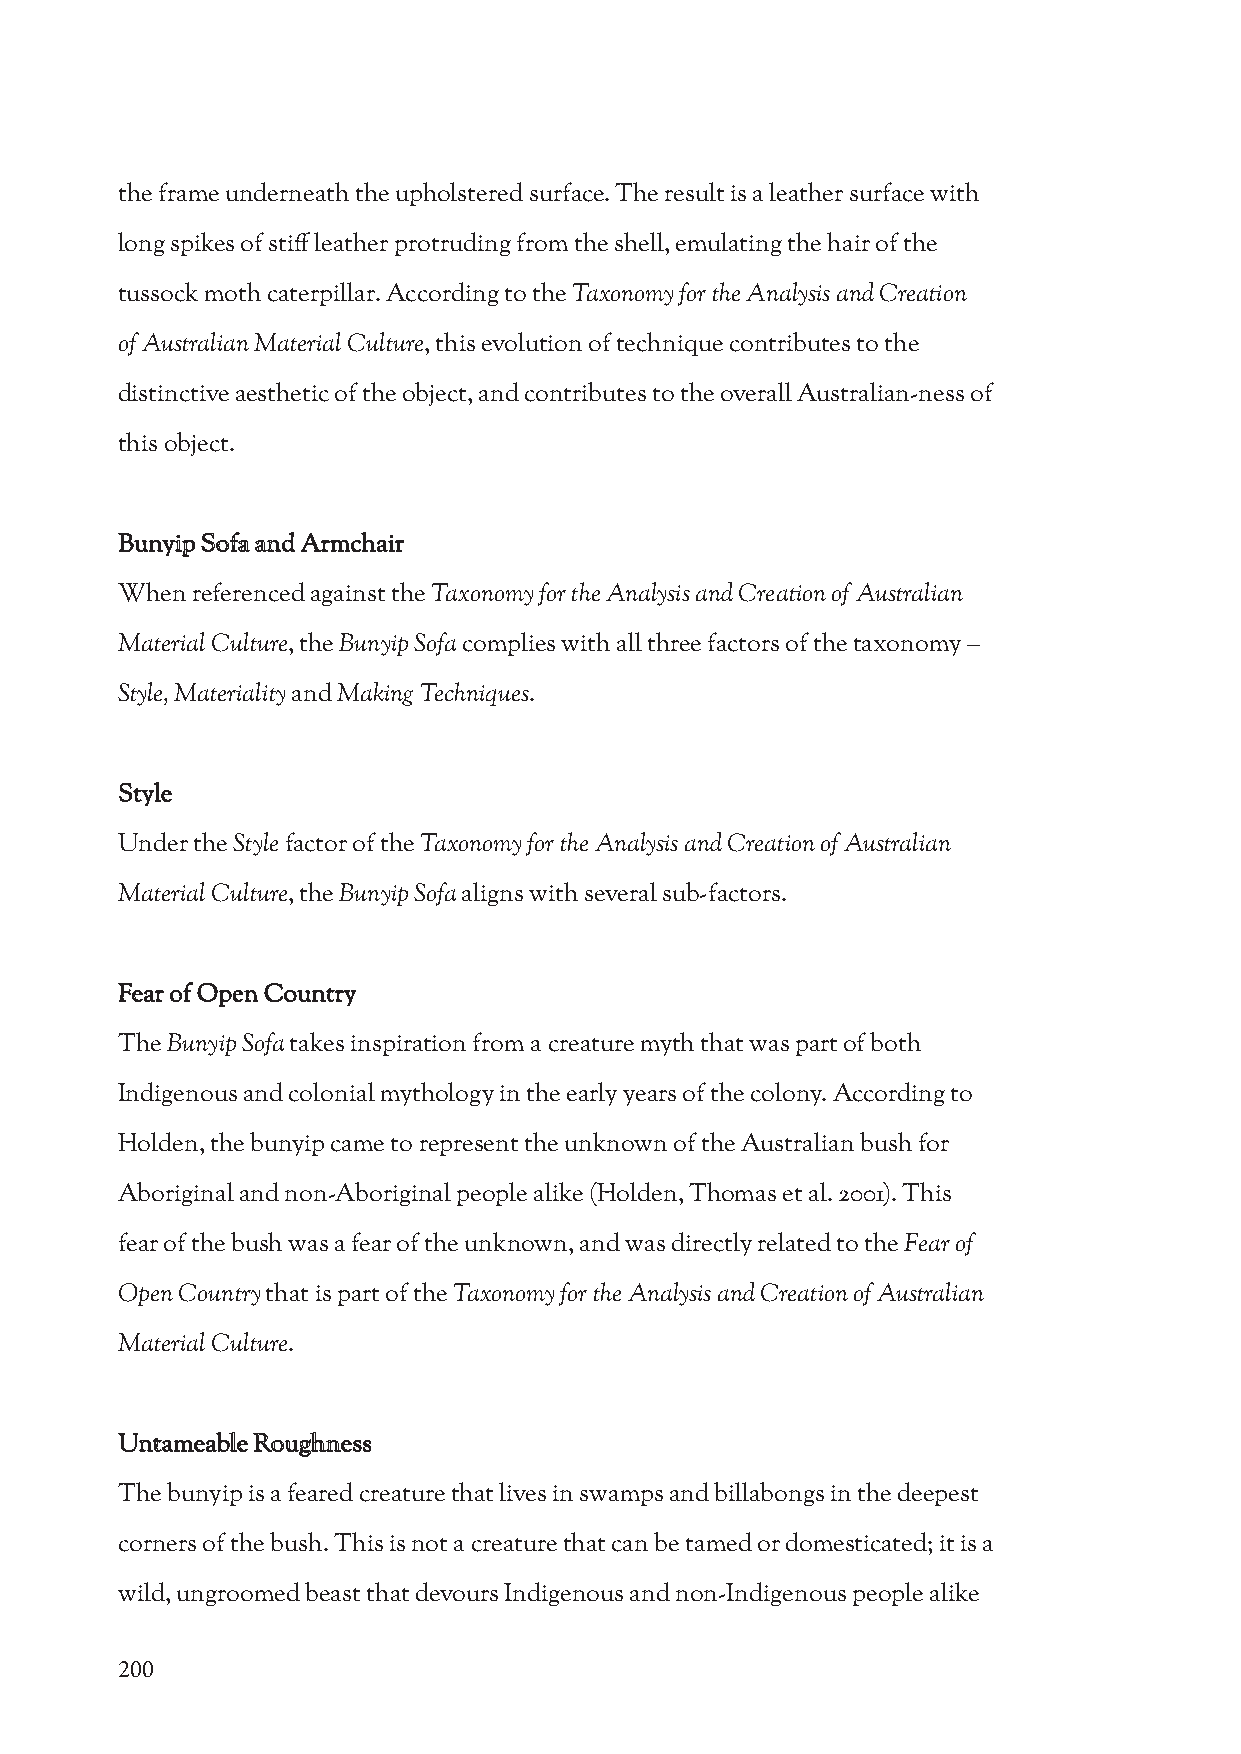
the frame underneath the upholstered surface. The result is a leather surface with
 long spikes of stiff leather protruding from the shell, emulating the hair of the
 tussock moth caterpillar. According to the Taxonomy for the Analysis and Creation
 of Australian Material Culture, this evolution of technique contributes to the
 distinctive aesthetic of the object, and contributes to the overall Australian-ness of
 this object.
 Bunyip Sofa and Armchair
 When referenced against the Taxonomy for the Analysis and Creation of Australian
 Material Culture, the Bunyip Sofa complies with all three factors of the taxonomy –
 Style, Materiality and Making Techniques.
 Style
 Under the Style factor of the Taxonomy for the Analysis and Creation of Australian
 Material Culture, the Bunyip Sofa aligns with several sub-factors.
 Fear of Open Country
 The Bunyip Sofa takes inspiration from a creature myth that was part of both
 Indigenous and colonial mythology in the early years of the colony. According to
 Holden, the bunyip came to represent the unknown of the Australian bush for
 Aboriginal and non-Aboriginal people alike (Holden, Thomas et al. 2001). This
 fear of the bush was a fear of the unknown, and was directly related to the Fear of
 Open Country that is part of the Taxonomy for the Analysis and Creation of Australian
 Material Culture.
 Untameable Roughness
 The bunyip is a feared creature that lives in swamps and billabongs in the deepest
 corners of the bush. This is not a creature that can be tamed or domesticated; it is a
 wild, ungroomed beast that devours Indigenous and non-Indigenous people alike
 200